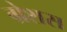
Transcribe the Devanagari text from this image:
ग्रेशस